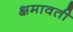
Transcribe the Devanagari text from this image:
क्षमावती